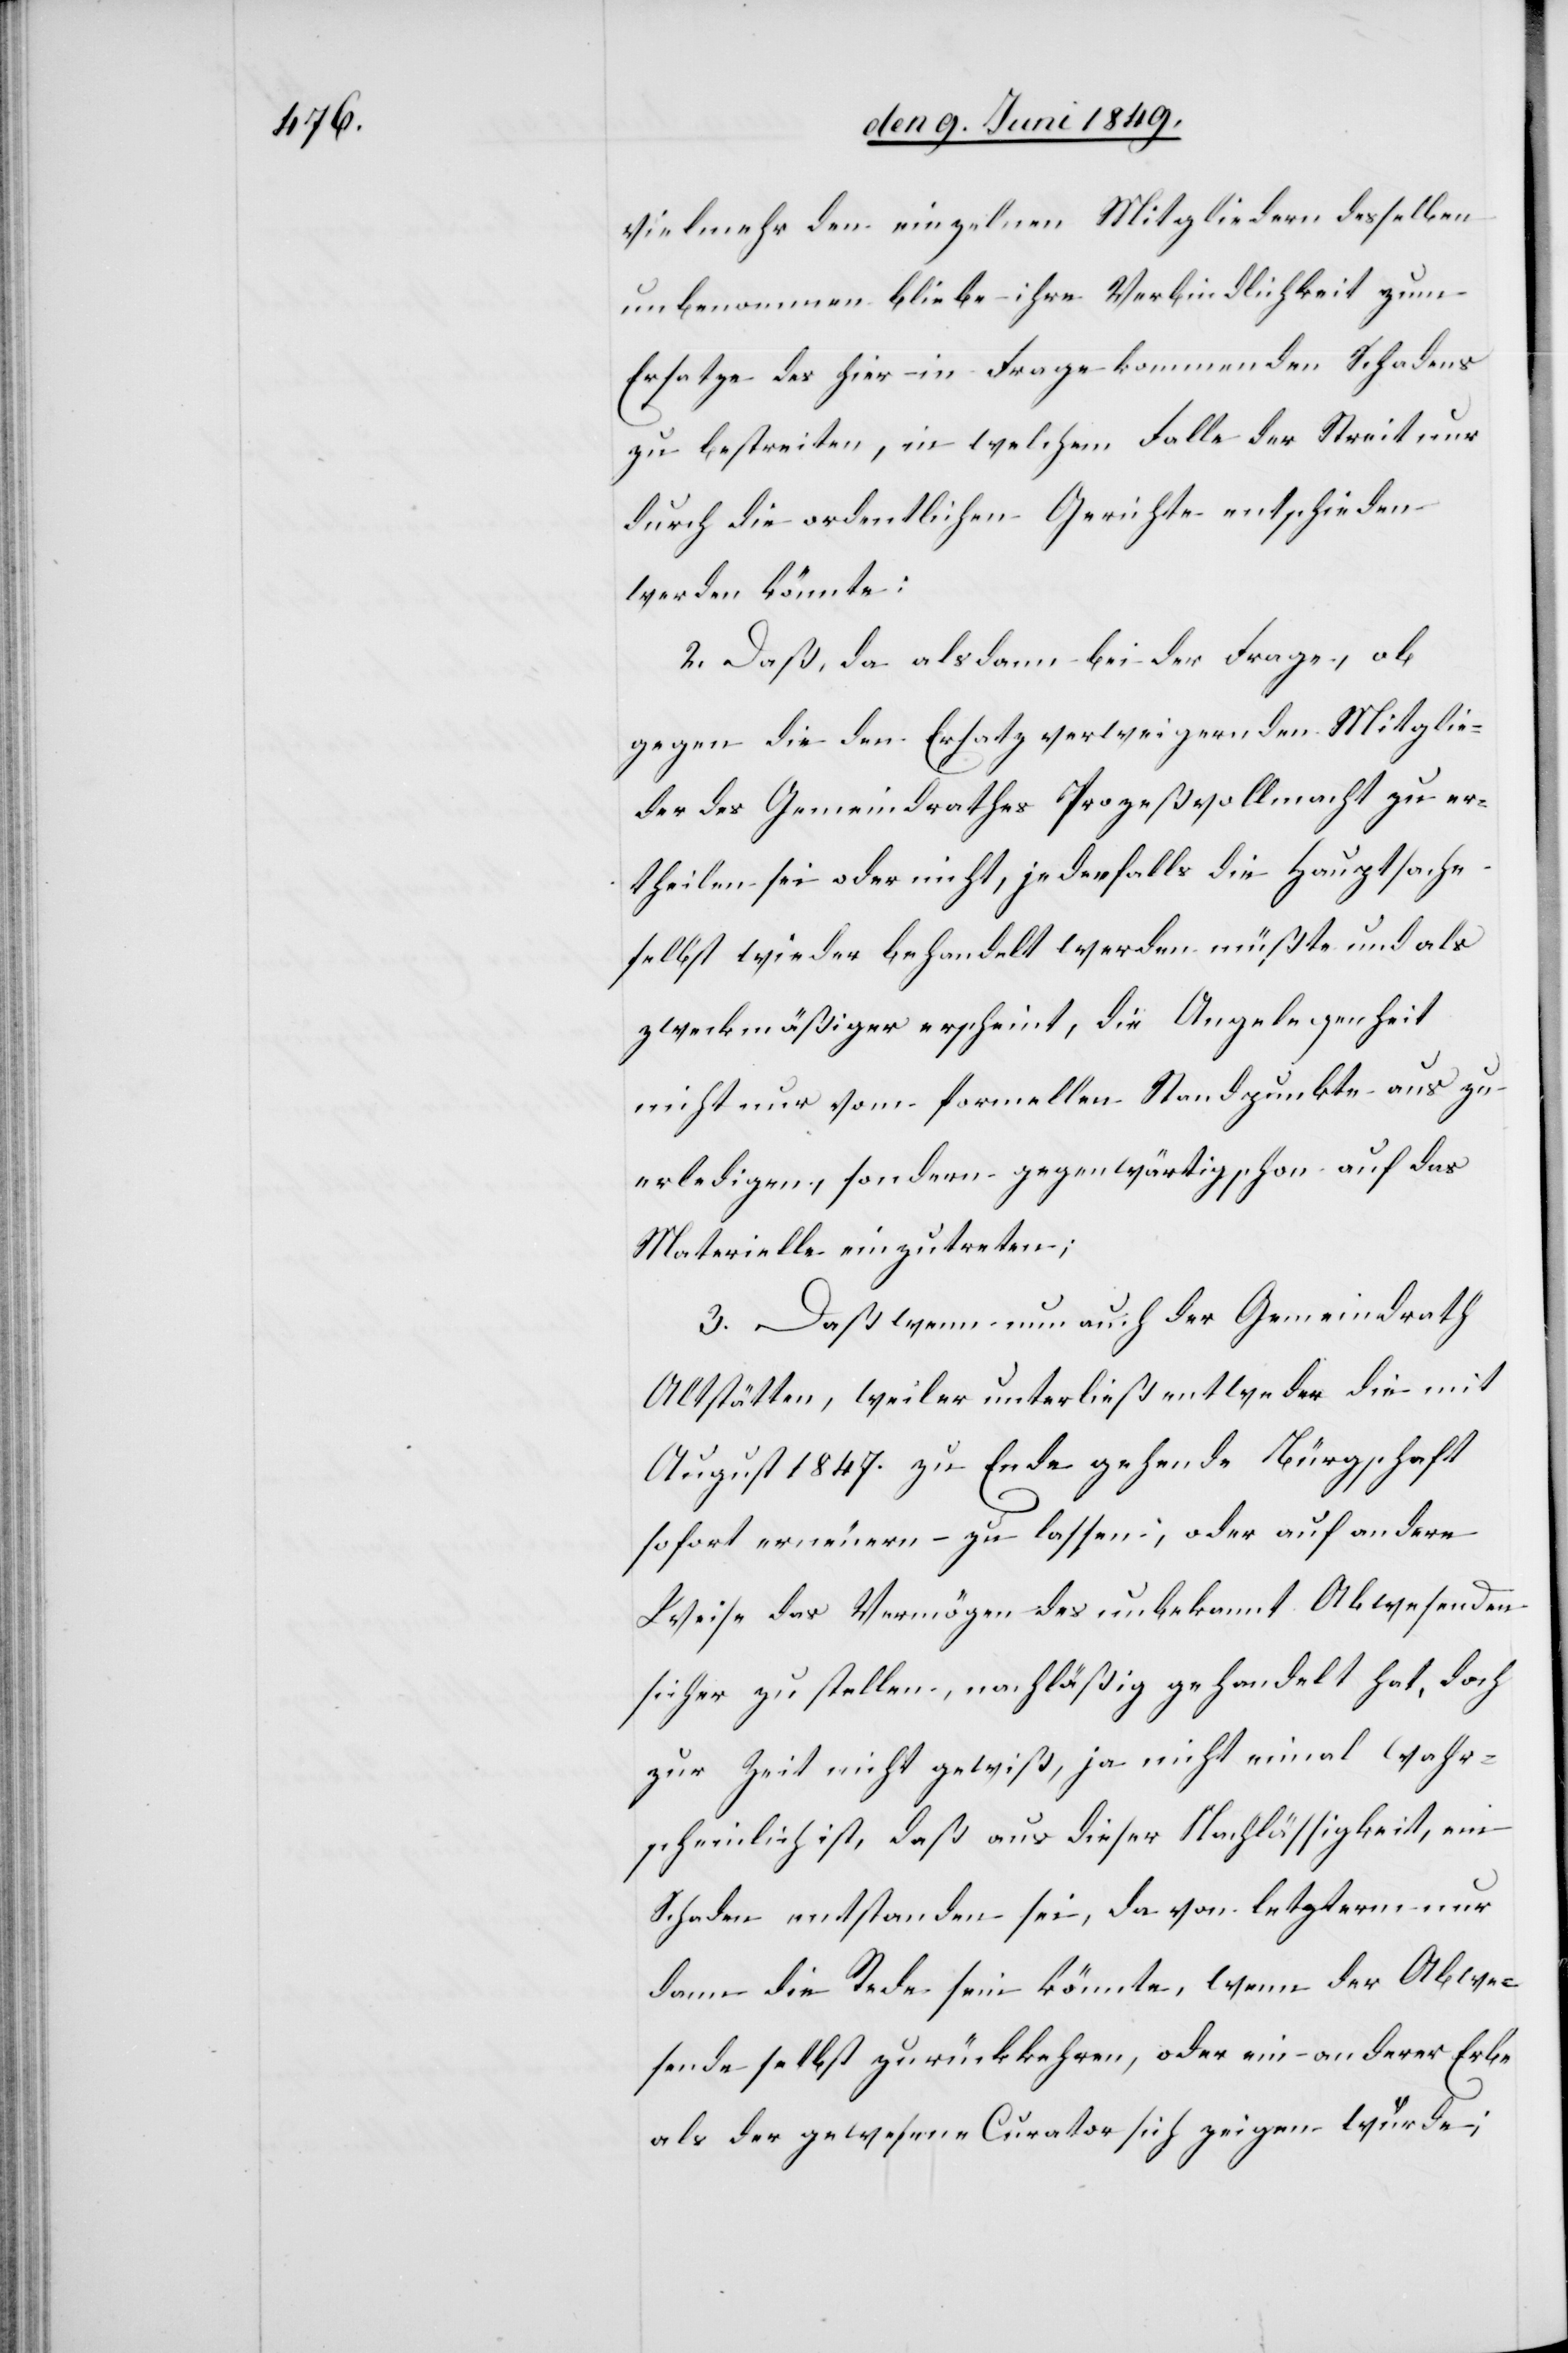
vielmehr den einzelnen Mitgliedern desselben
unbenommen bliebe ihre Verbindlichkeit zum
Ersatze des hier in Frage kommenden Schadens
zu bestreiten, in welchem Falle der Streit nur
durch die ordentlichen Gerichte entschieden
werden könnte:
2. Daß, da alsdann bei der Frage, ob
gegen die den Ersatz verweigernden Mitglie¬
der des Gemeindrathes Prozeßvollmacht zu er¬
theilen sei oder nicht, jedenfalls die Hauptsache
selbst wieder behandelt werden müßte und als
zweckmäßiger erscheint, die Angelegenheit
nicht nur vom formellen Standpunkte aus zu
erledigen, sondern gegenwärtig schon auf das
Materielle einzutreten;
3. Daß wenn nun auch der Gemeindrath
Altstätten, weil er unterließ entweder die mit
August 1847. zu Ende gehende Bürgschaft
sofort erneuern zu lassen, oder auf andere
Weise das Vermögen des unbekannt Abwesenden
sicher zu stellen, nachläßig gehandelt hat, doch
zur Zeit nicht gewiß, ja nicht einmal wahr¬
scheinlich ist, daß aus dieser Nachlässigkeit, ein
Schaden entstanden sei, da von letzterm nur
dann die Rede sein könnte, wenn der Abwe¬
sende selbst rückkehren, oder ein anderer Erbe
als gewesene Curator sich zeigen würde;